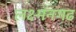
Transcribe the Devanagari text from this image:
लक्ष्मनगढ